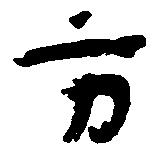
方